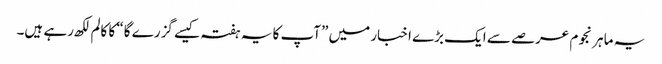
یہ ماہر نجوم عرصے سے ایک بڑے اخبار میں ”آپ کا یہ ہفتہ کیسے گزرے گا“ کا کالم لکھ رہے ہیں۔